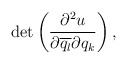
\begin{align*} \begin{aligned} \det\left(\frac{\partial^2 u}{\partial \overline{q_l}\partial {q_k}} \right), \end{aligned} \end{align*}